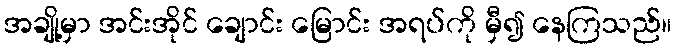
အချို့မှာ အင်းအိုင် ချောင်း မြောင်း အရပ်ကို မှီ၍ နေကြသည်။